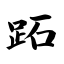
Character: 跖